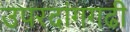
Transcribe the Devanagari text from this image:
उपरदांगगढी